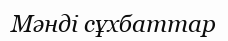
Мәнді сұхбаттар